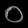
Digit: ၀